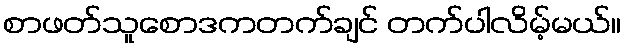
စာဖတ်သူစောဒကတက်ချင် တက်ပါလိမ့်မယ်။